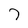
Character: 7